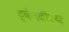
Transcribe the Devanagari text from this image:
ट्वेनटीएथ